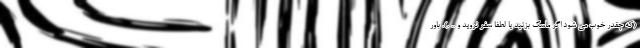
(که چقدر خوب می شود اگر ماسک بزنید یا لطفاً سفر نروید و .. .). باور